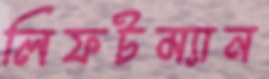
লিফটম্যান